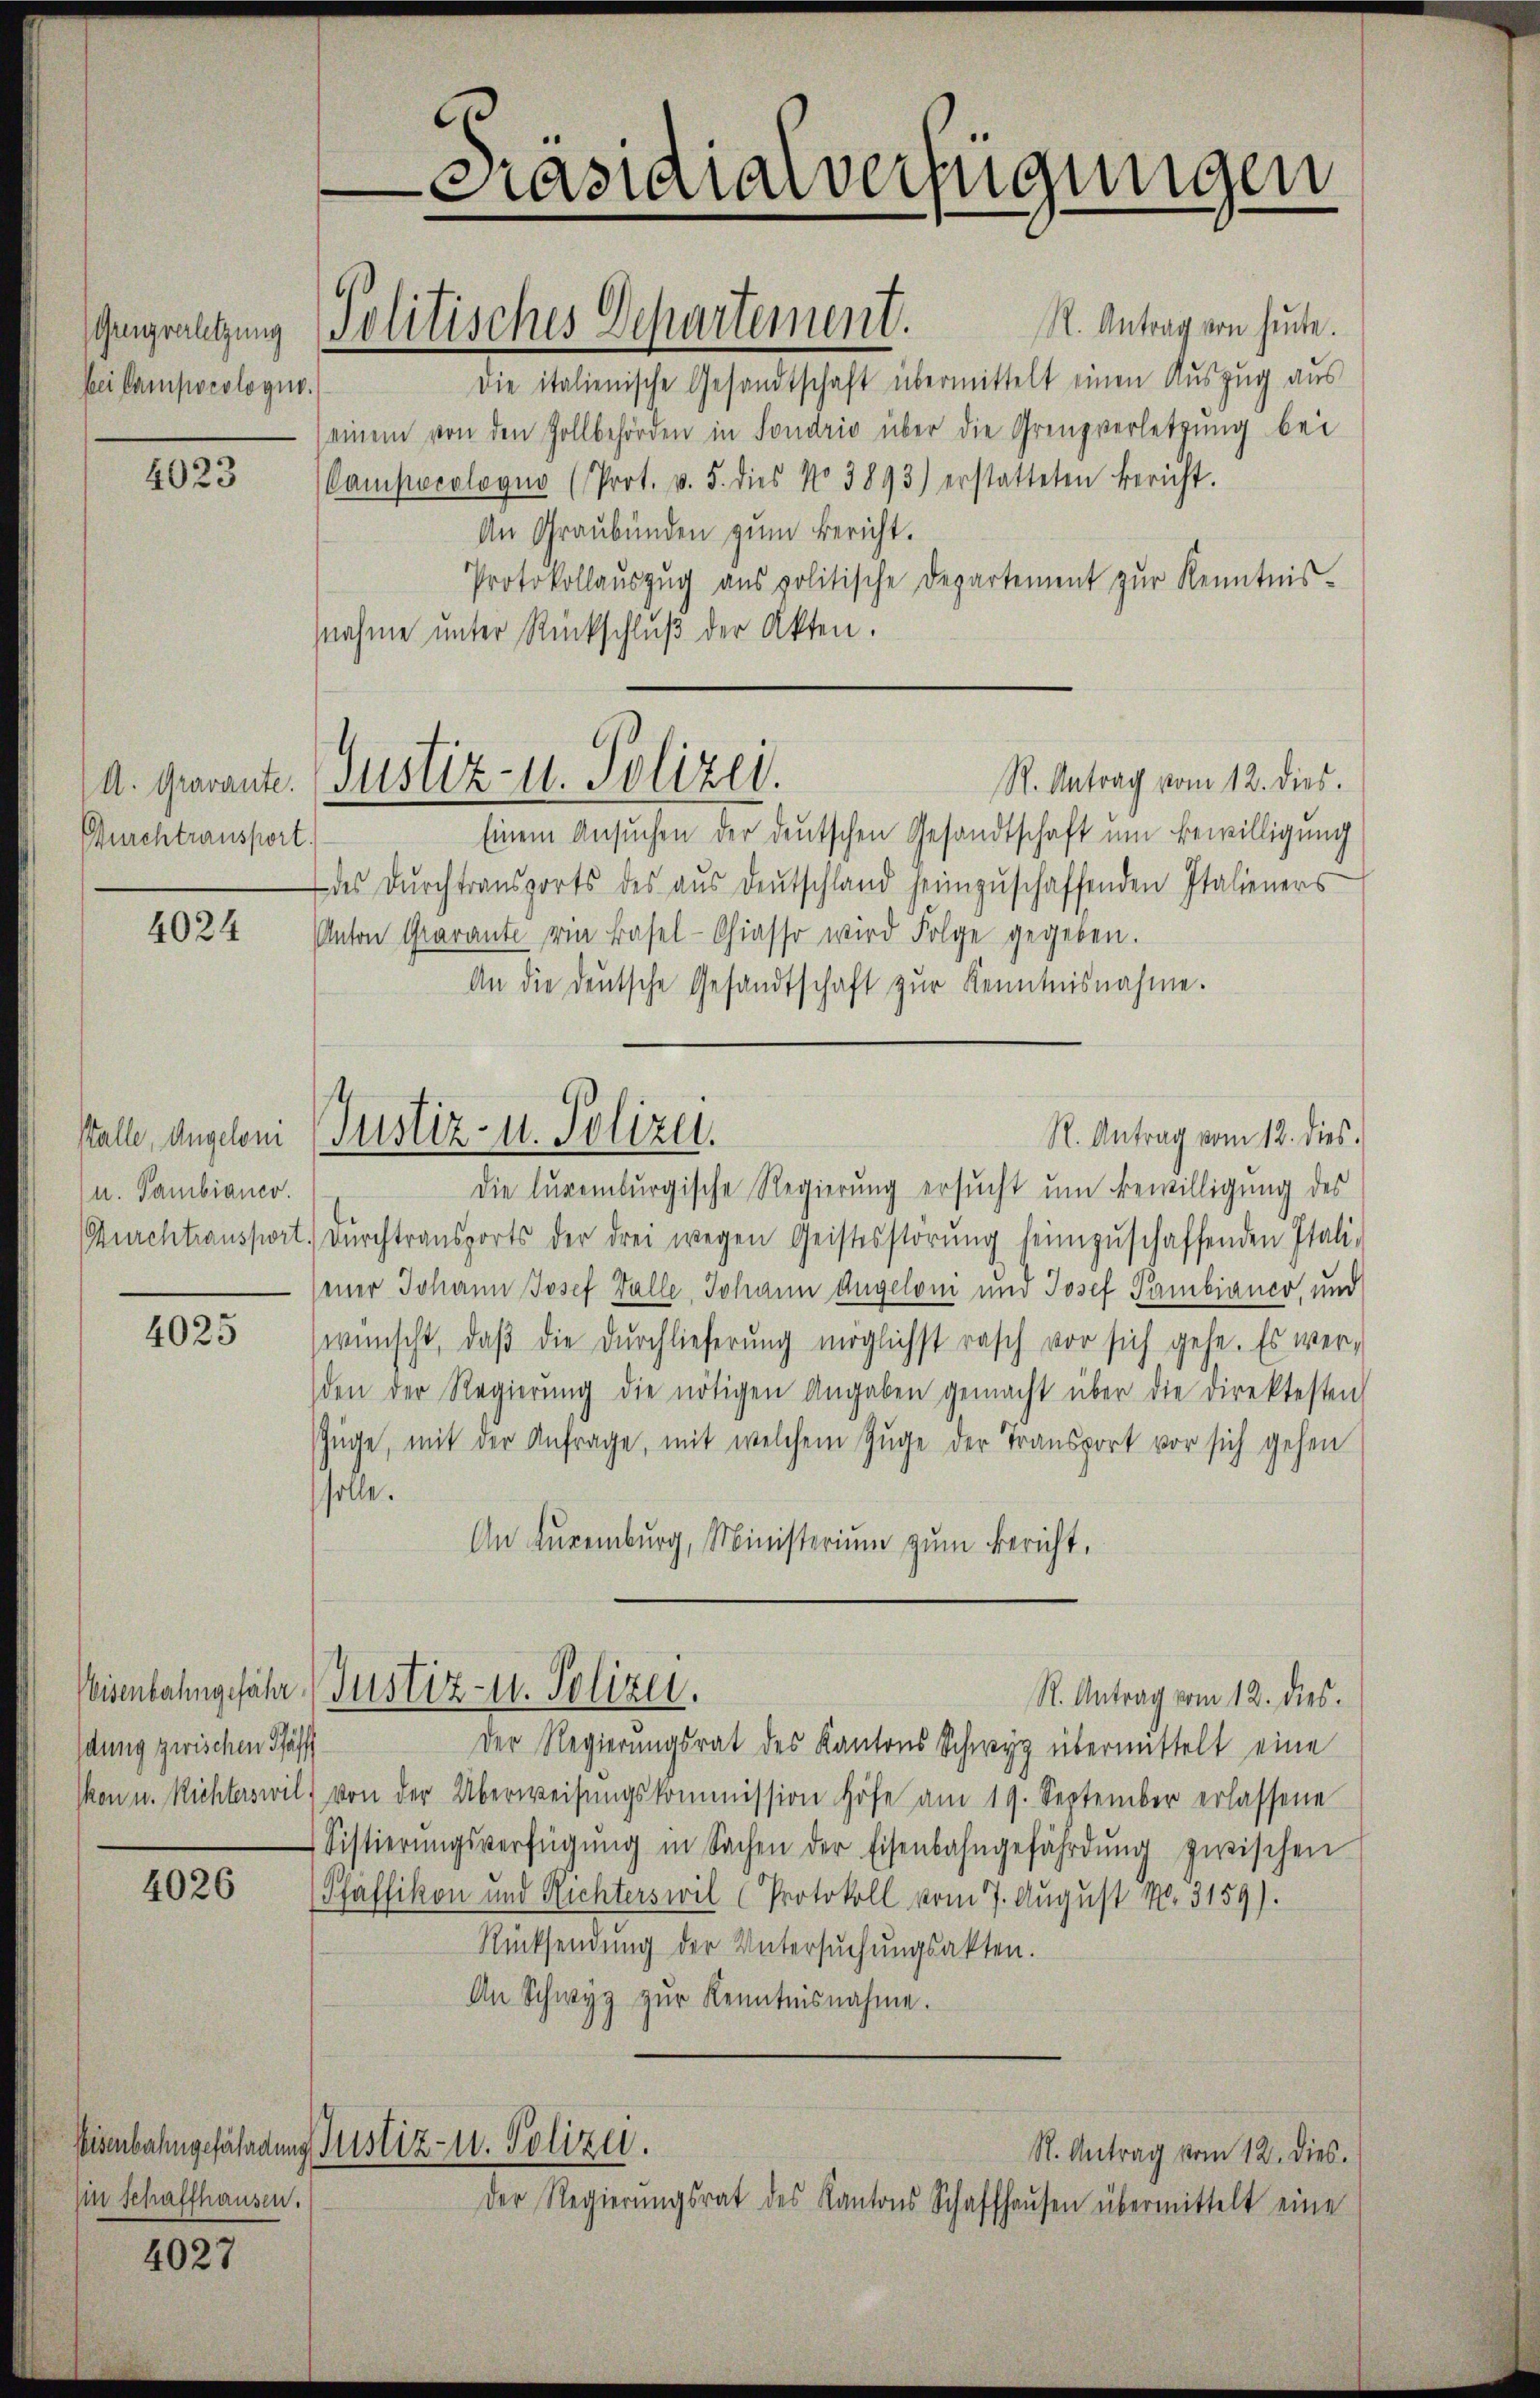
Greverletzung
bei Camporologus.

4023

A. Gravante.
Durchtransport

4024

stalle, Angeloni
(u. Gambianco.
Kurchtransport

4025

dung zwischen Pfäff
kon u. Richterswil.

4026

4027

R. Antrag von heute.
Die italienische Gesandtschaft übermittelt einen Auszug aus
seinem von den Zollbehörden in Fondrio über die Grenzverletzung bei
Campecologus (Prot. v. 5. dies No 3893) erstatteten Bericht.
An Graubünden zum Bericht.
Protokollaŭszŭg aŭs politische Departement zŭr Kenntnis-
nahme unter Rückschluß der Akten.
R. Antrag vom 12. dies.
Einem Ansuchen der deutschen Gesandtschaft um Bewilligung
des dŭrchtransports des aŭs deŭtschland heimzŭschaffenden Italieners
Anton Garante von Basel-Chiasso wird Folge gegeben.
An die deutsche Gesandtschaft zŭr Kenntnisnahme.
R. Antrag vom 12. dies.
die lugenburgische Regierung ersŭcht ŭm Bewilligung des
dŭrchtransports der drei wegen Geistesstörŭng heimzŭschaffenden Itali-
mer Johann Josef Falle, Johann Angelom und Josef Pambianco und
wünscht, daβ die durchlieferung möglichst rasch vor sich gehe. Es wer-
den der Regierŭng die nötigen Angaben gemacht über die Direktesten
Züge, mit der Anfrage, mit welchem Zuge der Transport vor sich gehen
solle.
An Euremburg, Ministerium zum Bericht,
Veisenbahngefähr Justiz- u. Polizei.
R. Antrag vom 12. dies
Der Regierungsrat des Kantons Schwyz übermittelt eine
von der Überweisŭngskommission höfe am 19. September erlassene
Sistierŭngsverfügŭng in Sachen der Eisenbahngefährdŭng zwischen
Pfaffikon und Richterswil (Protokoll vom 7. August 18. 3159).
Rücksendung der Untersuchungsakten.
An Schwyz zŭr Kenntnisnahme.
Eisenbahngefährdung Justiz- u. Polizei.
R. Antrag vom 12. dies.
Der Regierŭngsrat des Kantons Schaffhaŭsen übermittelt eine

Politisches Departement.

sin schaffhausen.

C
-Canalarverfügungen

Justiz- u. Polizei.

Justiz- u. Polizei.